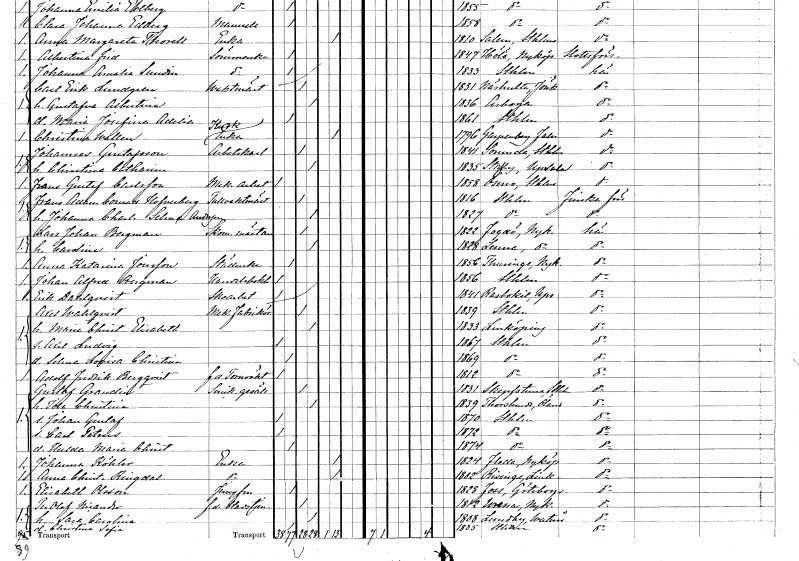
gt_parse: households: individuals: FN: Frans Gustaf
EN: Carlsson
YRKE: Mekanikerarbetare
KON: M
CIV: O
FODAR: 1858
FODFORS: Ösmo Stockholms län
FN: Frans Adam Conrad
EN: Hofverberg
YRKE: Tullvaktmästare
KON: M
CIV: G
FODAR: 1816
FODFORS: Stockholm
FN: Johanna Charlotta Selma
EN: Andersson
KON: K
CIV: G
FODAR: 1827
FODFORS: Stockholm
FN: Lars Johan
EN: Bergman
YRKE: Skomakarmäster
KON: M
CIV: G
FODAR: 1822
FODFORS: Fogdö Södermanlands län
FN: Carolina
KON: K
CIV: G
FODAR: 1828
FODFORS: Länna Södermanlands län
FN: Anna Katarina
EN: Jonsson
YRKE: Städerska
KON: K
CIV: O
FODAR: 1856
FODFORS: Turinge Stockholms län
FN: Johan Alfred
EN: Bergman
YRKE: Handelsbokhållare
KON: M
CIV: O
FODAR: 1856
FODFORS: Stockholm
FN: Erik
EN: Dahlqvist
YRKE: Skoarbetare
KON: M
CIV: O
FODAR: 1841
FODFORS: Rasbokil Uppsala län
FN: Axel
EN: Wahlqvist
YRKE: Mekanisk fabrikör
KON: M
CIV: G
FODAR: 1839
FODFORS: Stockholm
FN: Maria Christina Elisabeth
KON: K
CIV: G
FODAR: 1833
FODFORS: Linköping Östergötlands län
FN: Axel Ludvig
KON: M
CIV: O
FODAR: 1867
FODFORS: Stockholm
FN: Selma Lovisa Christina
KON: K
CIV: O
FODAR: 1869
FODFORS: Stockholm
FN: Adolf Fredrik
EN: Bergqvist
YRKE: Tornväktare f.d.
KON: M
CIV: O
FODAR: 1812
FODFORS: Stockholm
FN: Gustaf
EN: Grandin
YRKE: Snickaregesäll
KON: M
CIV: G
FODAR: 1831
FODFORS: Skepptuna Stockholms län
FN: Ida Christina
KON: K
CIV: G
FODAR: 1839
FODFORS: Torslunda Kalmar län
FN: Johan Gustaf
KON: M
CIV: O
FODAR: 1870
FODFORS: Stockholm
FN: Carl Petrus
KON: M
CIV: O
FODAR: 1872
FODFORS: Stockholm
FN: Hulda Maria Christina
KON: K
CIV: O
FODAR: 1874
FODFORS: Stockholm
FN: Johanna
EN: Köhler
YRKE: Änka
KON: K
CIV: E
FODAR: 1824
FODFORS: Floda Södermanlands län
FN: Anna Christina
EN: Ringdal
YRKE: Änka
KON: K
CIV: E
FODAR: 1802
FODFORS: Risinge Östergötlands län
FN: Elisabeth
EN: Olsson
YRKE: Jungfru
KON: K
CIV: O
FODAR: 1828
FODFORS: Foss Göteborgs- och Bohuslän
FN: Per Olof
EN: Nicander
YRKE: Stadstjänare f.d.
KON: M
CIV: G
FODAR: 1812
FODFORS: Vrena Södermanlands län
FN: Sara Carolina
KON: K
CIV: G
FODAR: 1808
FODFORS: Västerås Lundby Västmanlands län
FN: Christina Sofia
KON: K
CIV: O
FODAR: 1835
FODFORS: Stockholm